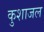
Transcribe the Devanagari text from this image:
कुशाजल